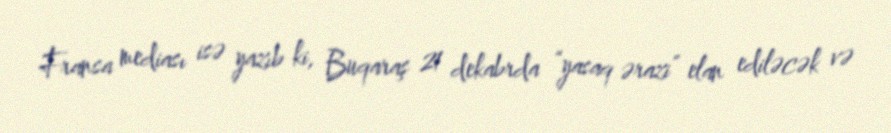
Fransa mediası isə yazıb ki, Buqaraş 21 dekabrda “yasaq ərazi” elan ediləcək və